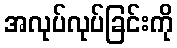
အလုပ်လုပ်ခြင်းကို